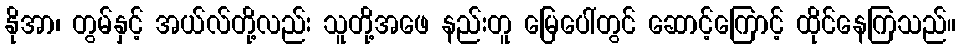
နိုအာ၊ တွမ်နှင့် အယ်လ်တို့လည်း သူတို့အဖေ နည်းတူ မြေပေါ်တွင် ဆောင့်ကြောင့် ထိုင်နေကြသည်။